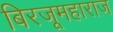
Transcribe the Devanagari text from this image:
बिरजूमहाराज